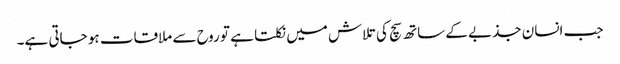
جب انسان جذبے کے ساتھ سچ کی تلاش میں نکلتا ہے تو روح سے ملاقات ہو جاتی ہے۔